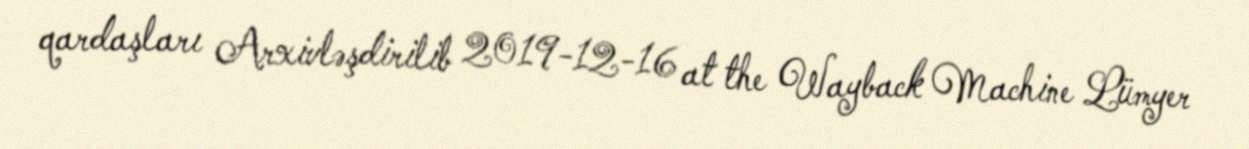
qardaşları Arxivləşdirilib 2019-12-16 at the Wayback Machine Lümyer